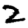
Digit: 2